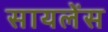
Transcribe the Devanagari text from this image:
सायलेंस